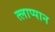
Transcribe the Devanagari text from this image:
त्लाप्पान